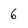
Character: 6